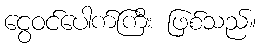
ငွေဝင်ပေါက်ကြီး ဖြစ်သည်။